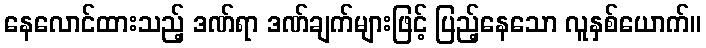
နေလောင်ထားသည့် ဒဏ်ရာ ဒဏ်ချက်များဖြင့် ပြည့်နေသော လူနှစ်ယောက်။